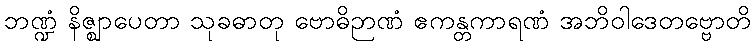
ဘဏ္ဍံ နိဇ္ဈာပေတာ သုခဓာတု ဗောဓိဉာဏံ ဧကန္တကာရဏံ အဘိဝါဒေတဗ္ဗောတိ